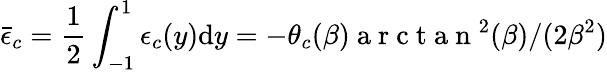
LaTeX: \bar{\epsilon}_{c}=\frac{1}{2}\int_{-1}^{1}\epsilon_{c}(y)\mathrm{d}y=-\theta_{c}(\beta)\mathrm{~a~r~c~t~a~n~}^{2}(\beta)/(2\beta^{2})